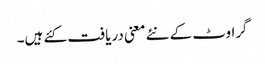
گراوٹ کے نئے معنی دریافت کئے ہیں۔